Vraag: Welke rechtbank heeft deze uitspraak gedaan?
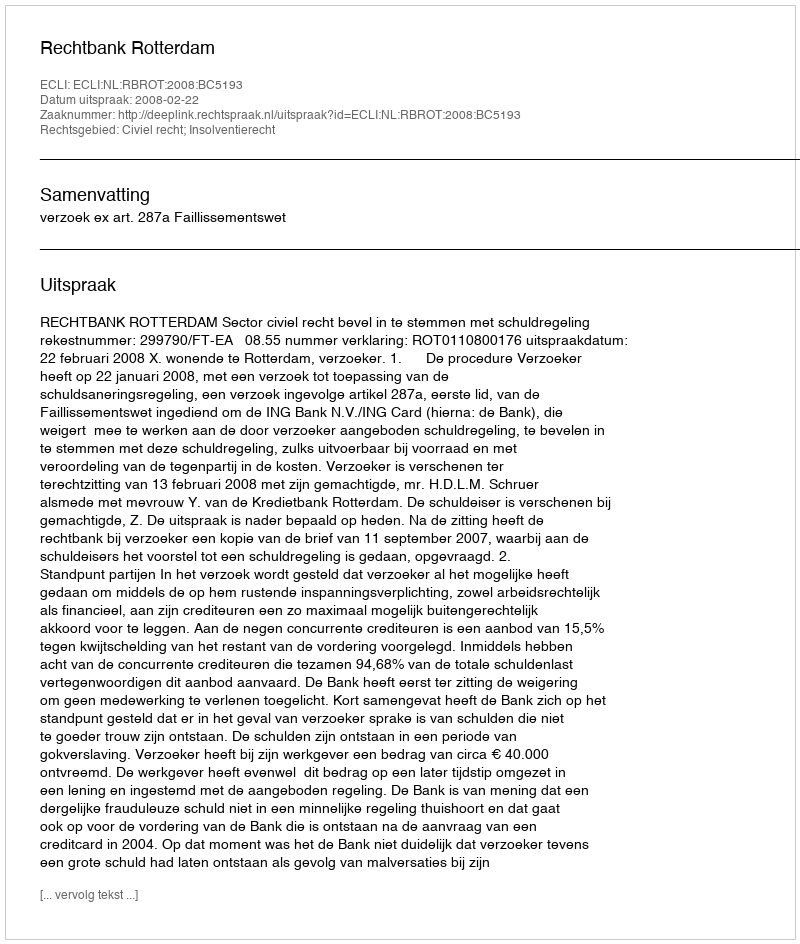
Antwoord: Rechtbank Rotterdam